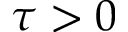
\tau > 0